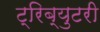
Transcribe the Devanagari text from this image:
ट्रिब्युटरी